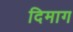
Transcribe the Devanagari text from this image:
दिमाग